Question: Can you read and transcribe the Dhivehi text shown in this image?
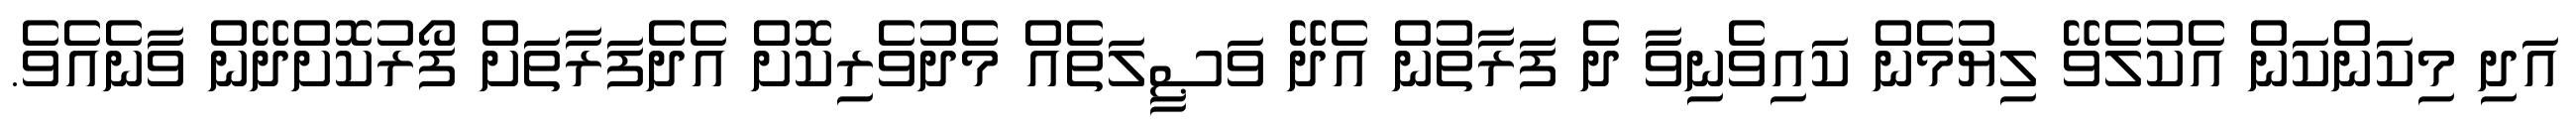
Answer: އަދި މިކަންކަން އެކުލެވޭ ލިޔުމެން ކައިވެނިވާ ދެ ފަރާތުން އެދޭ ވަޞީލަތެއް މެދުވެރިކޮށް އެދެފަރާތަށް ފޯރުކޮށްދޭން ވާނެއެވެ.